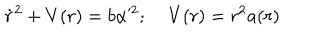
LaTeX: \dot { r } ^ { 2 } + V ( r ) = b \alpha ^ { 2 } ; \; V ( r ) = r ^ { 2 } a ( r )